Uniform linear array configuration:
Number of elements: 12
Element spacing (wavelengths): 0.75
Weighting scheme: hamming
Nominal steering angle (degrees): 0
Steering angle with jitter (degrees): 1.14
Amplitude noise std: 0.05
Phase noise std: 0.05

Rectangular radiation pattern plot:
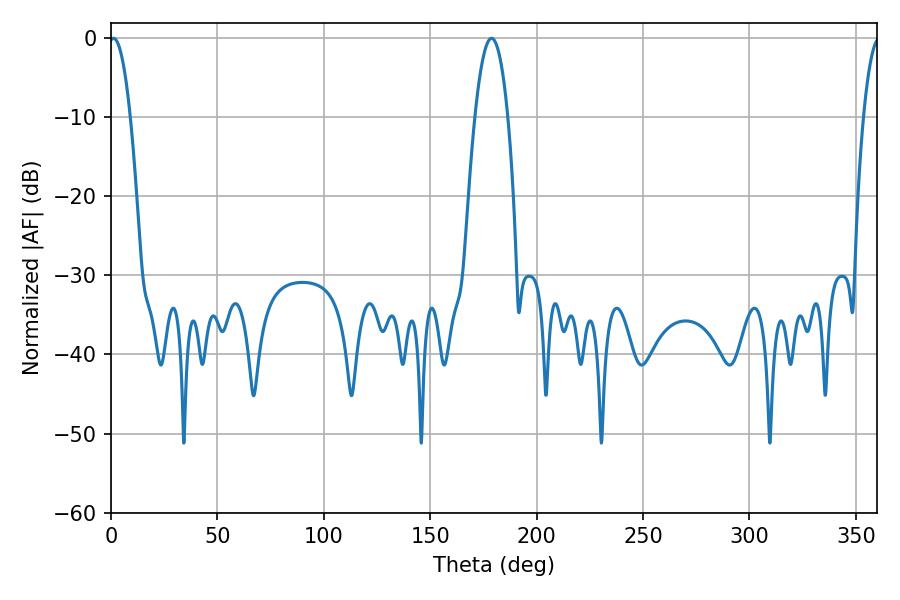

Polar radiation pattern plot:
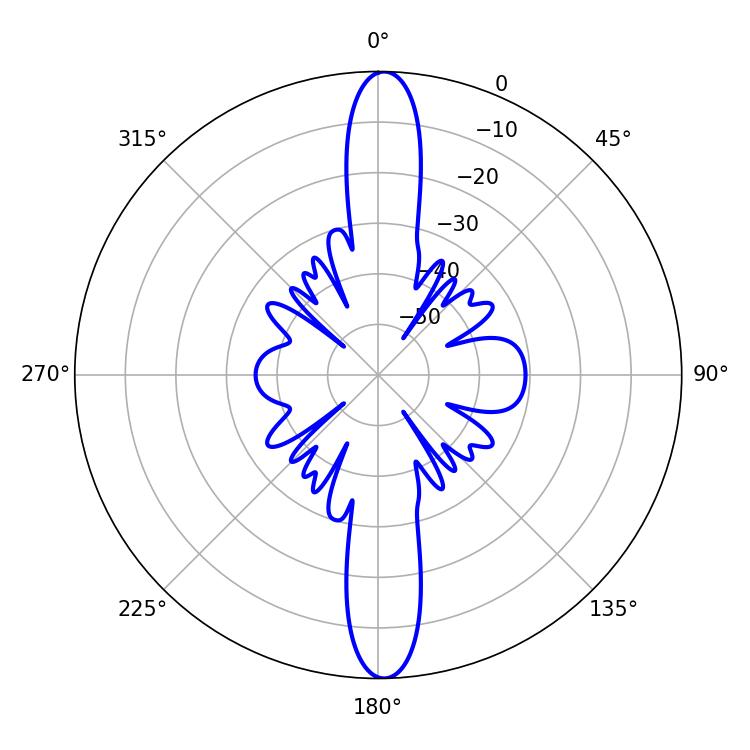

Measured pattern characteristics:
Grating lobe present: TRUE
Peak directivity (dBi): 24.363
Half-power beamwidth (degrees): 5.4
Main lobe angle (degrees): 1.26